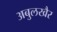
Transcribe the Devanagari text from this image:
अबुलखैर